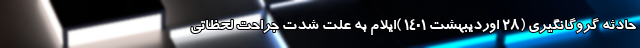
حادثه گروگانگیری (28 اوردیبهشت 1401 )ایلام به علت شدت جراحت لحظاتی